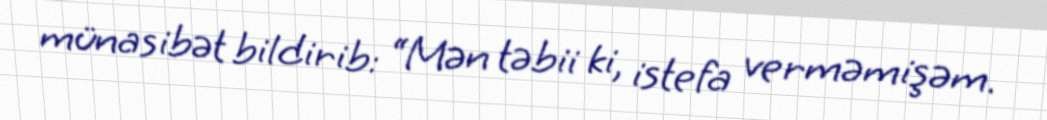
münasibət bildirib: “Mən təbii ki, istefa verməmişəm.